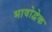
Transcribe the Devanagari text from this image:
भावोद्वेक